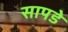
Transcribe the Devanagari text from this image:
सापडे